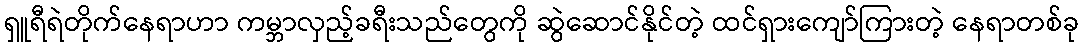
ရှူရီရဲတိုက်နေရာဟာ ကမ္ဘာလှည့်ခရီးသည်တွေကို ဆွဲဆောင်နိုင်တဲ့ ထင်ရှားကျော်ကြားတဲ့ နေရာတစ်ခု